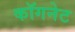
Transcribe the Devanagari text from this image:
कॉगनेट